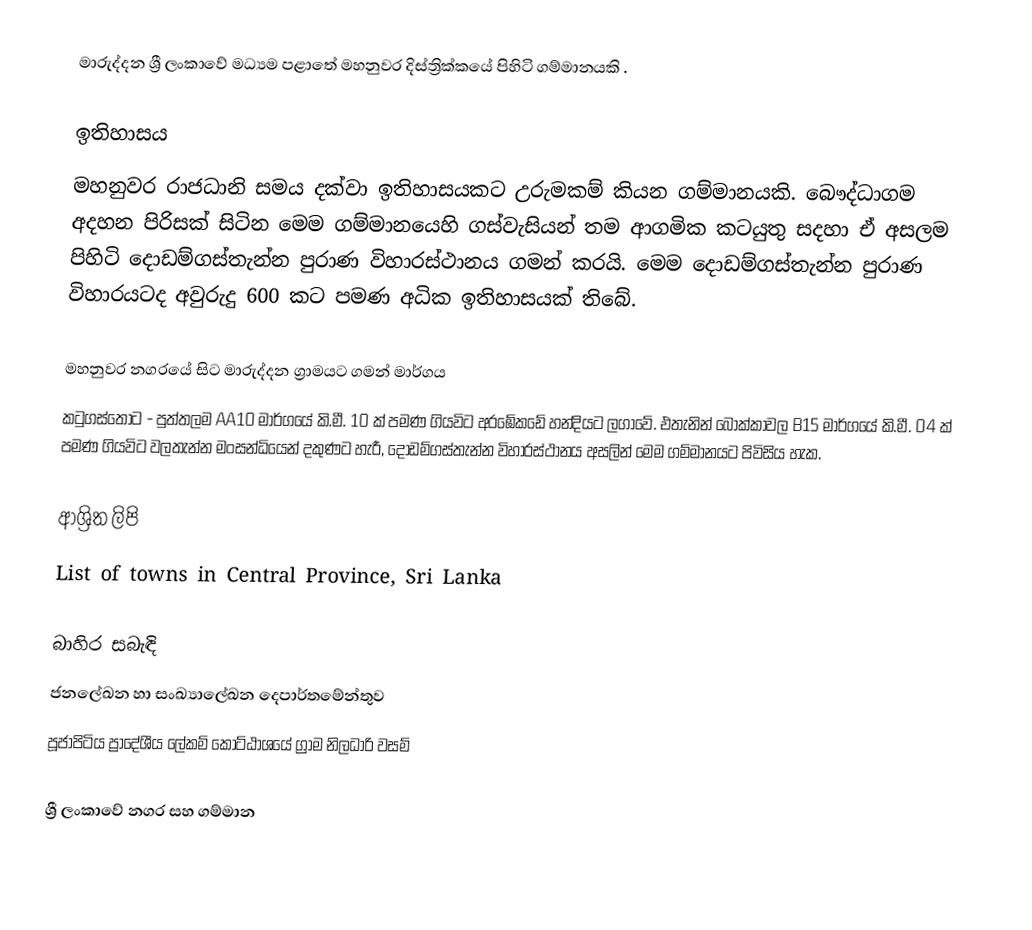
මාරුද්දන  ශ්‍රී ලංකාවේ මධ්‍යම පළාතේ මහනුවර දිස්ත්‍රික්කයේ පිහිටි ගම්මානයකි .

ඉතිහාසය
මහනුවර රාජධානි සමය දක්වා ඉතිහාසයකට උරුමකම් කියන ගම්මානයකි. බෞද්ධාගම අදහන පිරිසක් සිටින මෙම ගම්මානයෙහි ගස්වැසියන් තම ආගමික කටයුතු සදහා ඒ අසලම පිහිටි දොඩම්ගස්තැන්න පුරාණ විහාරස්ථානය ගමන් කරයි. මෙම දොඩම්ගස්තැන්න පුරාණ විහාරයටද අවුරුදු 600 කට පමණ අධික ඉතිහාසයක් තිබේ.

මහනුවර නගරයේ සිට මාරුද්දන ග්‍රාමයට ගමන් මාර්ගය
කටුගස්තොට -  පුත්තලම AA10 මාර්ගයේ කි.මී. 10 ක් පමණ ගියවිට අරඹේකඩේ හන්දියට ලගාවේ. එතැනින් බොක්කාවල B15 මාර්ගයේ කි.මී. 04 ක් පමණ ගියවිට වලතැන්න මංසන්ධියෙන් දකුණට හැරී, දොඩම්ගස්තැන්න විහාරස්ථානය අසලින් මෙම ගම්මානයට පිවිසිය හැක.

ආශ්‍රිත ලිපි
List of towns in Central Province, Sri Lanka

බාහිර සබැඳි
ජනලේඛන හා සංඛ්‍යාලේඛන දෙපාර්තමේන්තුව
පූජාපිටිය ප්‍රාදේශීය ලේකම් කොට්ඨාශයේ ග්‍රාම නිලධාරි වසම්

ශ්‍රී ලංකාවේ නගර සහ ගම්මාන